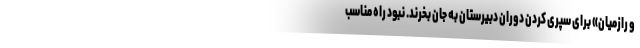
و رازمیان» برای سپری کردن دوران دبیرستان به جان بخرند. نبود راه مناسب